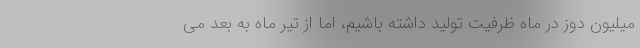
میلیون دوز در ماه ظرفیت تولید داشته باشیم، اما از تیر ماه به بعد می